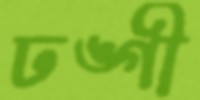
ঢঙ্গী